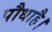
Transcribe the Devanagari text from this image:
पौधाहै।